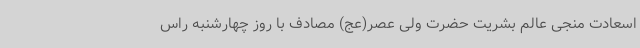
اسعادت منجی عالم بشریت حضرت ولی عصر(عج) مصادف با روز چهارشنبه راس